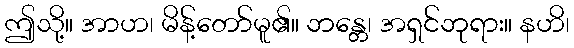
ဤသို့။ အာဟ၊ မိန့်တော်မူ၏။ ဘန္တေ၊ အရှင်ဘုရား။ နဟိ၊